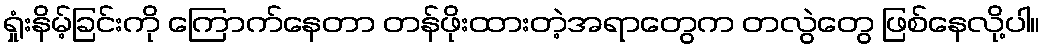
ရှုံးနိမ့်ခြင်းကို ကြောက်နေတာ တန်ဖိုးထားတဲ့အရာတွေက တလွဲတွေ ဖြစ်နေလို့ပါ။